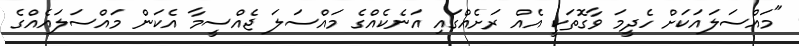
"މައްސަލައަކަށް ހެދީމަ ވާގޮތަކީ އެއް ރަށެއްގައި އަނެކެއްގެ މައްސަލަ ޖެއްސީމާ އެކަން މައްސަލައެއްގެ